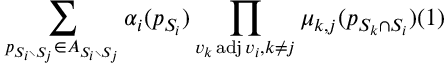
\sum _ { p _ { S _ { i } \setminus S _ { j } } \in A _ { S _ { i } \setminus S _ { j } } } \alpha _ { i } ( p _ { S _ { i } } ) \prod _ { { v _ { k } \operatorname { a d j } v _ { i } } , { k \neq j } } \mu _ { k , j } ( p _ { S _ { k } \cap S _ { i } } ) ( 1 )